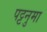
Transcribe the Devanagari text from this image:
पट्टनुमा